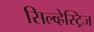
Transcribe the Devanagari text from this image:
सिल्व्हेस्ट्रिज